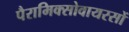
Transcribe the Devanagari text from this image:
पैरामिक्सोवायरसों